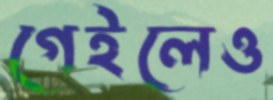
গেইলেও